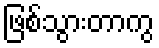
ဖြစ်သွားတာကွ